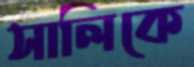
সালিকে